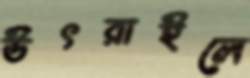
উৎরাইলে